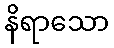
နိရာသော